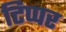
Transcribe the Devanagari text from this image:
टिप्पर